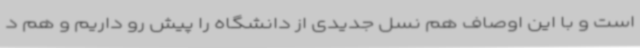
است و با این اوصاف هم نسل جدیدی از دانشگاه را پیش رو داریم و هم د